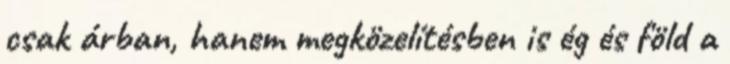
csak árban, hanem megközelítésben is ég és föld a